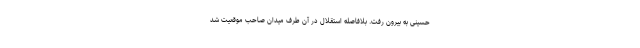
حسینی به بیرون رفت. بلافاصله استقلال در آن طرف میدان صاحب موقعیت شد